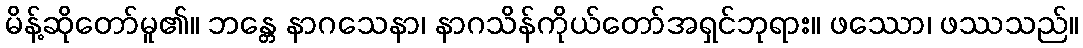
မိန့်ဆိုတော်မူ၏။ ဘန္တေ နာဂသေနာ၊ နာဂသိန်ကိုယ်တော်အရှင်ဘုရား။ ဖဿော၊ ဖဿသည်။